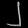
Digit: ၂